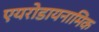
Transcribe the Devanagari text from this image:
एयरोडायनामिक